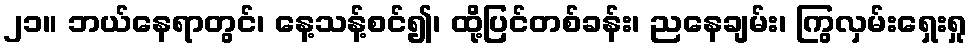
၂၁။ ဘယ်နေရာတွင်၊ နေ့သန့်စင်၍၊ ထို့ပြင်တစ်ခန်း၊ ညနေချမ်း၊ ကြွလှမ်းရှေးရှု